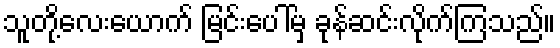
သူတို့လေးယောက် မြင်းပေါ်မှ ခုန်ဆင်းလိုက်ကြသည်။